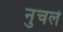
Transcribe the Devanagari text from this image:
नुचले